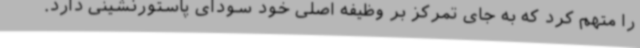
را متهم کرد که به جای تمرکز بر وظیفه اصلی خود سودای پاستورنشینی دارد.